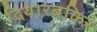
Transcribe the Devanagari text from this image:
दियारबकिर